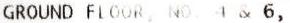
GROUND FLOOR, NO 4 & 6,